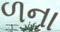
ળના